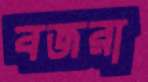
বজরা